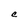
Character: C